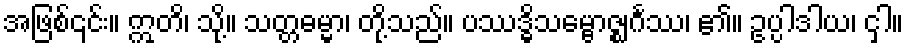
အဖြစ်၎င်း။ ဣတိ၊ သို့။ သတ္တဓမ္မာ၊ တို့သည်။ ပဿဒ္ဓိသမ္ဗောဇ္ဈင်္ဂဿ၊ ၏။ ဥပ္ပါဒါယ၊ ငှါ။